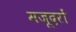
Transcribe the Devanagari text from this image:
मजूदरों